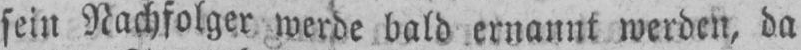
sein Nachfolger werde bald ernannt werden, da